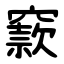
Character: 窾